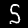
Digit: 5